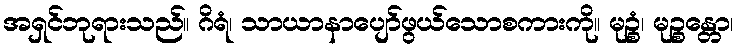
အရှင်ဘုရားသည်။ ဂိရံ၊ သာယာနာပျော်ဖွယ်သောစကားကို။ မုဉ္စံ၊ မုဉ္စန္တော၊